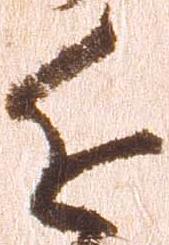
近